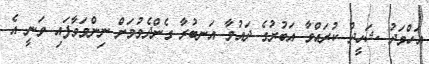
އަހްމަދު ޝަހީދު ކުރައްވާ އަބުރުގެ ދައުވާ އަނބުރާ ގެންދެވުމަށް ނިންމަވާފައި ވަނީ އެ